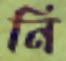
নি